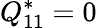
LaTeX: Q_{11}^{*}=0